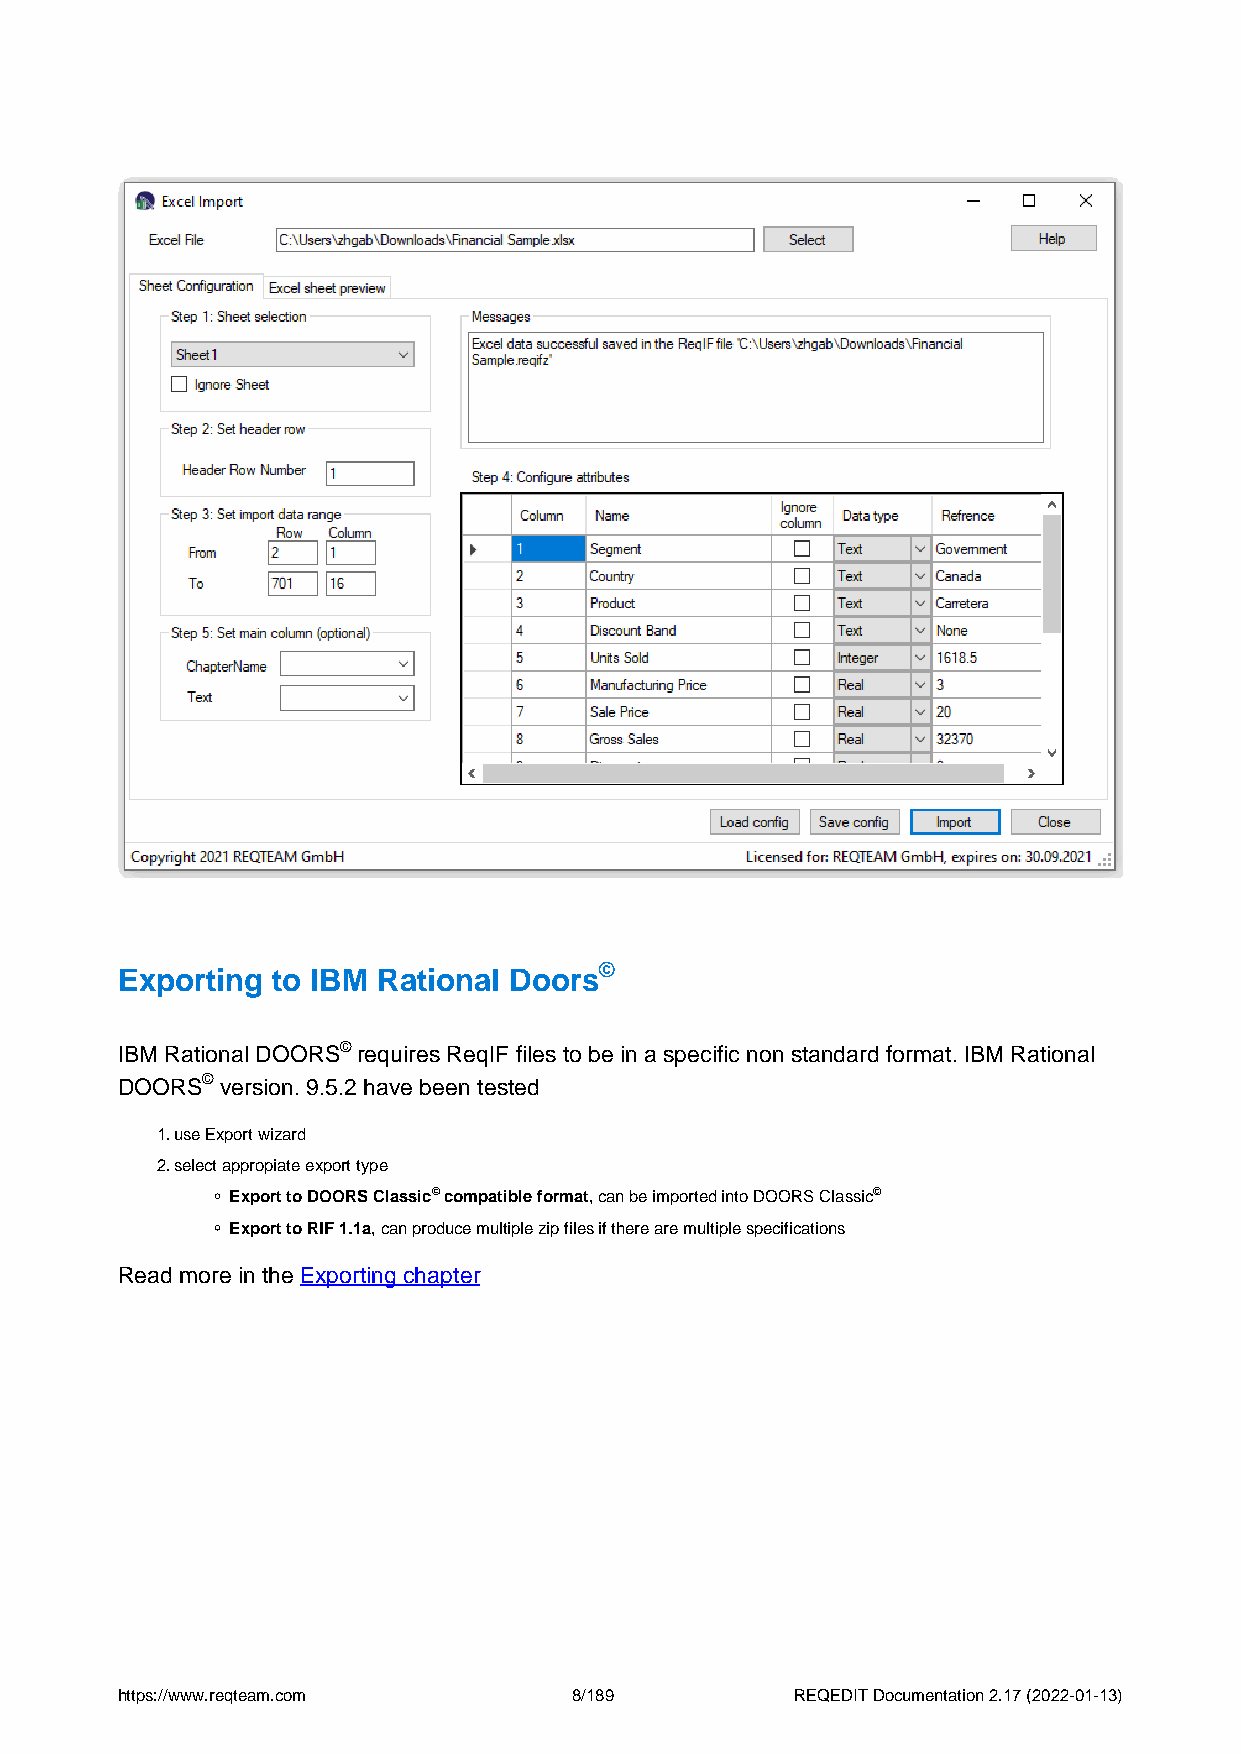
©
 Exporting to IBM Rational Doors
 IBM Rational DOORS© requires ReqIF files to be in a specific non standard format. IBM Rational
 DOORS© version. 9.5.2 have been tested
 1.use Export wizard
 2.select appropiate export type
 Export to DOORS Classic© compatible format, can be imported into DOORS Classic©
 Export to RIF 1.1a, can produce multiple zip files if there are multiple specifications
 Read more in the Exporting chapter
 https://www.reqteam.com       8/189          REQEDIT Documentation 2.17 (2022-01-13)